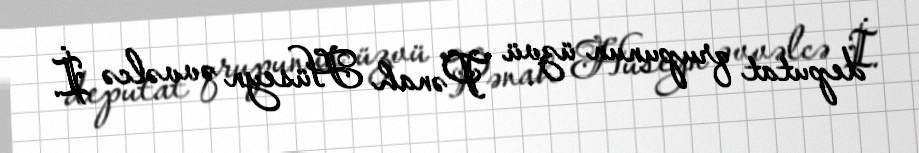
deputat qrupunun üzvü Pənah Hüseyn əvvəlcə İ.